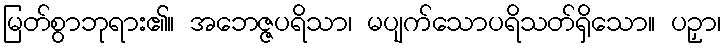
မြတ်စွာဘုရား၏။ အဘေဇ္ဇပရိသာ၊ မပျက်သောပရိသတ်ရှိသော။ ပဉှာ၊